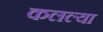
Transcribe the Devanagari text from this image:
कलल्या